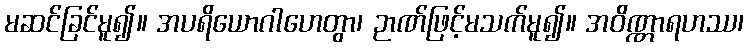
မဆင်ခြင်မူ၍။ အပရိယောဂါဟေတွာ၊ ဉာဏ်ဖြင့်မသက်မူ၍။ အဝိဏ္ဏာရဟဿ၊